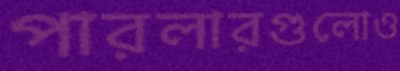
পারলারগুলোও